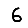
Digit: 6